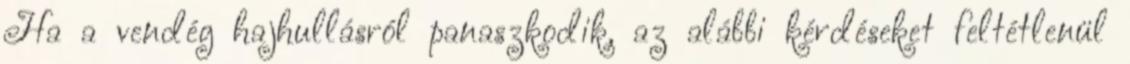
Ha a vendég hajhullásról panaszkodik, az alábbi kérdéseket feltétlenül